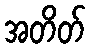
အတိတ်